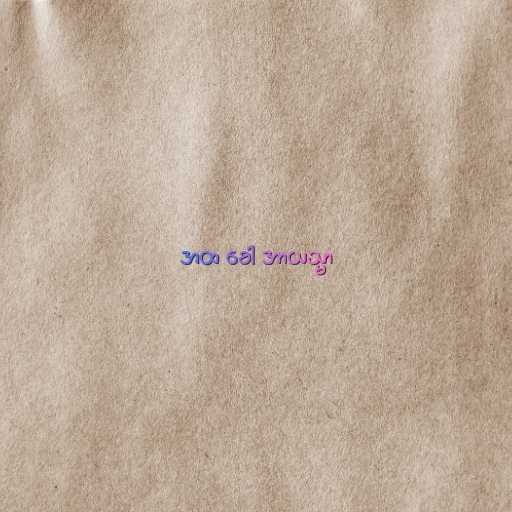
အထ ခေါ အာယသ္မာ